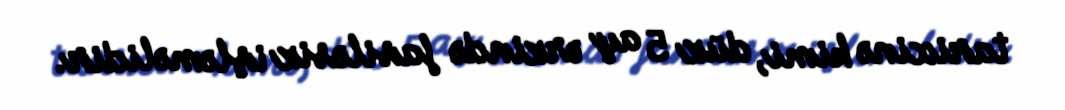
tarixinə kimi, düz 5 ay ərzində fasiləsiz işləməlidir.